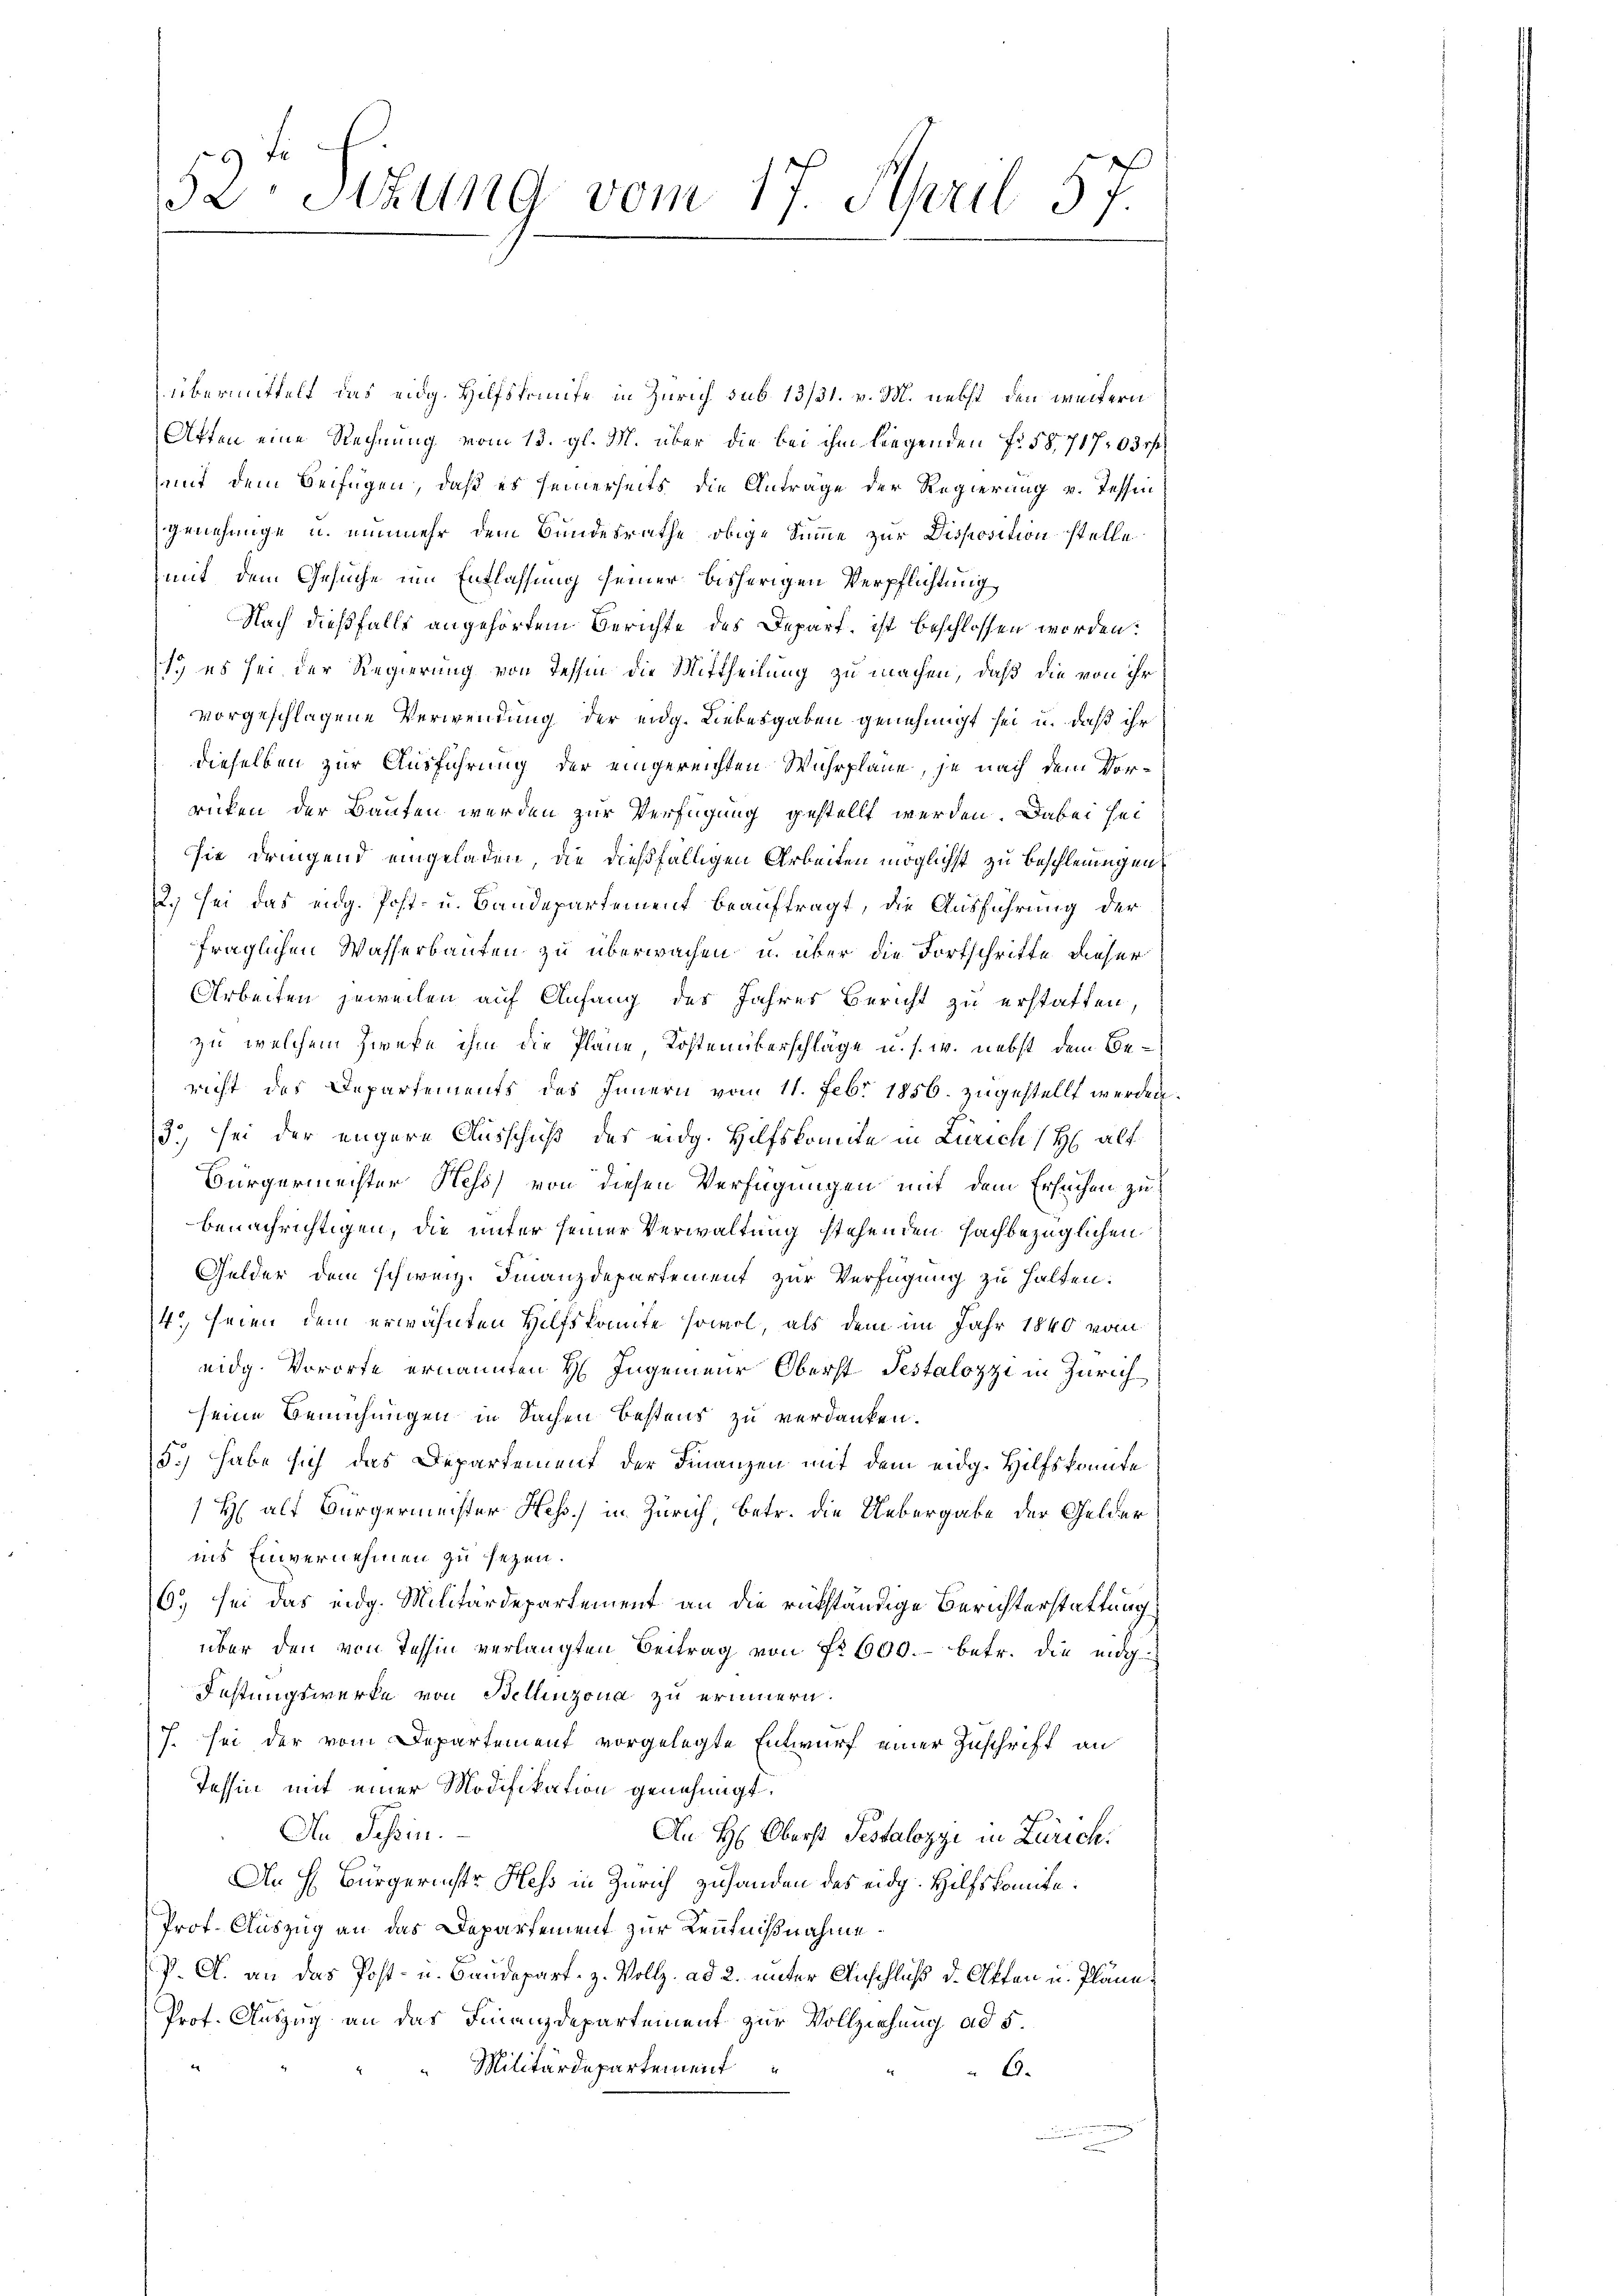
52. Sitzung vom 17. April 57.

übermittelt das eidg. Hilfskomite in Zürich sub 13/31. v. M. nebst den weitern
Atten eine Rechnung vom 13. gl. M. über die bei ihm liegenden Fr. 58, 717, 03 r
mit dem Beifügen, daß es seinerseits die Antrage der Regierung v. Tessin
genehmige u. nunmehr dem Bundesrathe obige Summe zur Disposition stelle
mit dem Gesuche im Entlassung seiner bisherigen Verpflichtung,
Nach dießfalls angehörtem Berichte des Depart ist beschlossen worden:
) es sei der Regierung von Tessin die Mittheilung zu machen, daß die von ihr
vorgeschlagene Verwendung der eidg. Liebesgaben genehmigt sei u. daß ihr
dieselben zur Ausführung der eingereichten Wuhrplane, je nach dem Vorrücken der Bauten werden zur Verfügung gestellt werden. Dabei sei
sie dringend eingeladen, die dießfälligen Arbeiten möglichst zu beschleunigen,
2.) Sei das eng. Post- u. Baudepartement beauftragt, die Ausführung der
fraglichen Wasserbauten zu überwachen u. über die Fortschritte dieser
Arbeiten jeweilen auf Anfang des Jahres Bericht zu erstatten,
zu welchem Zweke ihm die Pläne, Kostenüberschläge u. s. w. nebst dem Bericht des Departements des Innern vom 11. Febr 1856. zugestellt werden.
3) sei der engere Ausschuß des eidg. Hilfskomite in Zürich (H. alt
Bürgermeister Hess von diesen Verfügungen mit dem Ersuchen zu
benachrichtigen, die unter seiner Verwaltung stehenden sachbezüglichen
Gelder dem schweiz. Finanzdepartement zur Verfügung zu halten.
14.) Seien dem erwähnten Hilfskomite sowol, als dem im Jahr 1840 vom
eidg. Vororte ernannten H. Ingenieur Oberst Testalozzi in Zürich
seine Bemühungen in Sachen Bestens zu verdanken.
5.) habe sich das Departement der Finanzen mit dem eidg. Hilfskonte
H alt Bürgermeister Hess in Zürich, betr. die Uebergabe der Gelder
ins Einvernehmen zu seyen.
6.) sei das eidg. Militärdepartement an die rükständige Berichterstattung
über den von Tessin verlangten Beitrag von Nr 600.- betr. die eidg
Festungswerke von Bellinzona zu erinnern.
7. sei der vom Departement vorgelegte Entwurf einer Zuschrift an
Tessin mit einer Modifikation genehmigt.
Au Tessin.
An H: Oberst Pestalozzi in Zürich
An H. Bürgerinster Hess in Zürich zuhanden des eidg. Hilfskomite.
Prof. Auszug an das Departement zur Kenntnißnahme
P. A. an das Post- u. Baudepart, z. Vollz. ad 2. unter Anschluß d. Akten u. Pläne.
Prot. Auszug an das Finanzdepartement zur Vollziehung ad 5.
Militärdepartement
C.